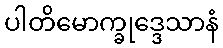
ပါတိမောက္ခုဒ္ဒေသာနံ